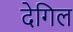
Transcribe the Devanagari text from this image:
देगिल